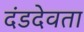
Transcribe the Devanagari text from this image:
दंडदेवता